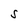
Character: S